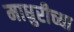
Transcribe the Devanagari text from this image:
माधुरीच्या